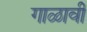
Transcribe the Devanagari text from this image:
गाळावी